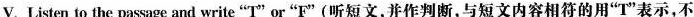
V. Listen to the passage and write "T"or"F"(听短文,并作判断,与短文内容相符的用""T"表示,不